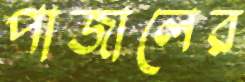
পাজালের